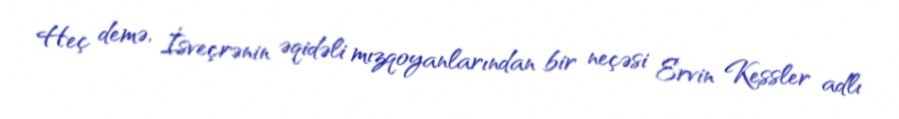
Heç demə, İsveçrənin əqidəli mızqoyanlarından bir neçəsi Ervin Kessler adlı